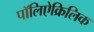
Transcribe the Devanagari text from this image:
पॉलिऐक्रिलिक